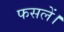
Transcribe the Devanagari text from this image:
फसलें।